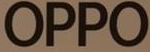
OPPO